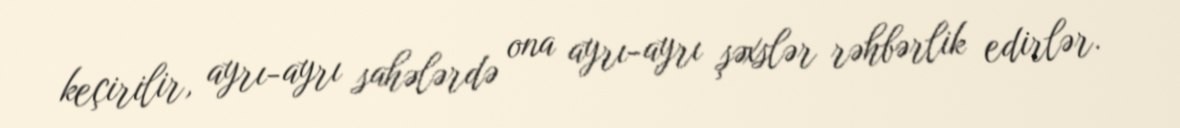
keçirilir, ayrı-ayrı sahələrdə ona ayrı-ayrı şəxslər rəhbərlik edirlər.